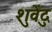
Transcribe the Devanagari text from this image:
शुवेंदु